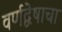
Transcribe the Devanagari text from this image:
वर्णद्वेषाचा